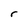
Character: r